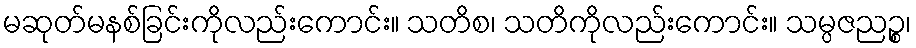
မဆုတ်မနစ်ခြင်းကိုလည်းကောင်း။ သတိစ၊ သတိကိုလည်းကောင်း။ သမ္ပဇညဉ္စ၊